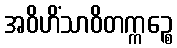
အဝိဟိံသာဝိတက္ကဉ္စေ